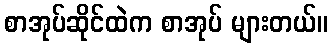
စာအုပ်ဆိုင်ထဲက စာအုပ် များတယ်။